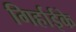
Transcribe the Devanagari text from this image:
गिर्हाईके